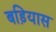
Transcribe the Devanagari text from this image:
बड़ियास